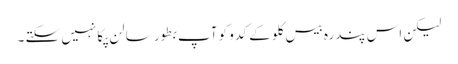
لیکن اس پندرہ بیس کلو کے کدو کو آپ بطورِ سالن پکا نہیں سکتے ۔